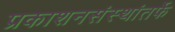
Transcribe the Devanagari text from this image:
प्रकाशनसंस्थांतर्फे